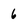
Character: 6